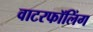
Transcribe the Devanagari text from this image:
वाटरफॉलिंग